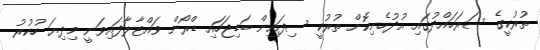
ތުރުކީގެ ސަރަހައްދުގައި އުދުހެނިކޮށް ތުރުކީ ސިފައިން ބަޑިޖަހައި ޑްރޯން ވައްޓާލާފައިވަނީ މިދިޔަ ހުކުރު